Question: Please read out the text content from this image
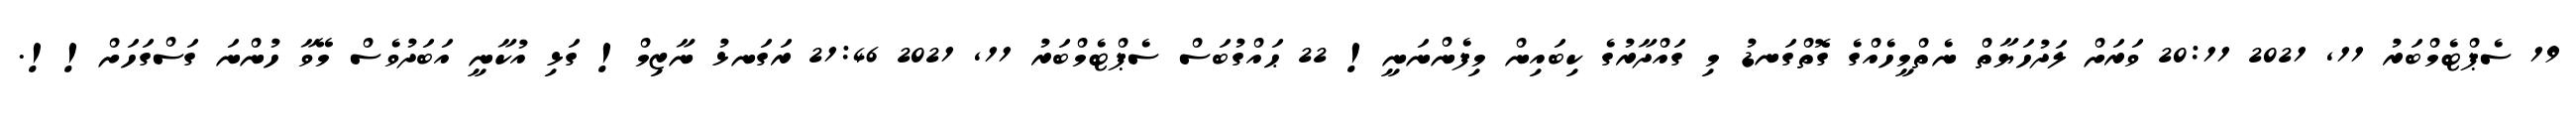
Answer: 19 ސެޕްޓެމްބަރު 11, 2021 20:11 ވަރަށް ލަދުހަޔާތް ނެތްމީހެއްގެ ގޮތްގަނޑު މި ގައްދާރުގެ ކިބައިން މިފެންނަނީ! 22 ޙައްގުބަސް ސެޕްޓެމްބަރު 11, 2021 21:46 ރަގަނޅު ނާޒިމް! ގަޅި އުކާނީ އަބަދުވެސް މޭވާ ހުންނަ ގަސްގަހަށް!!.